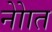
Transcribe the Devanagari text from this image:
नोाेत